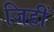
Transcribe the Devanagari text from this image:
जिहीं